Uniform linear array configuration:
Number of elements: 4
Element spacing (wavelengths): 0.25
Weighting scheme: exponential
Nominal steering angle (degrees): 0
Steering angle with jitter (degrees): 0.2277
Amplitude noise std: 0.05
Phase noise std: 0.05

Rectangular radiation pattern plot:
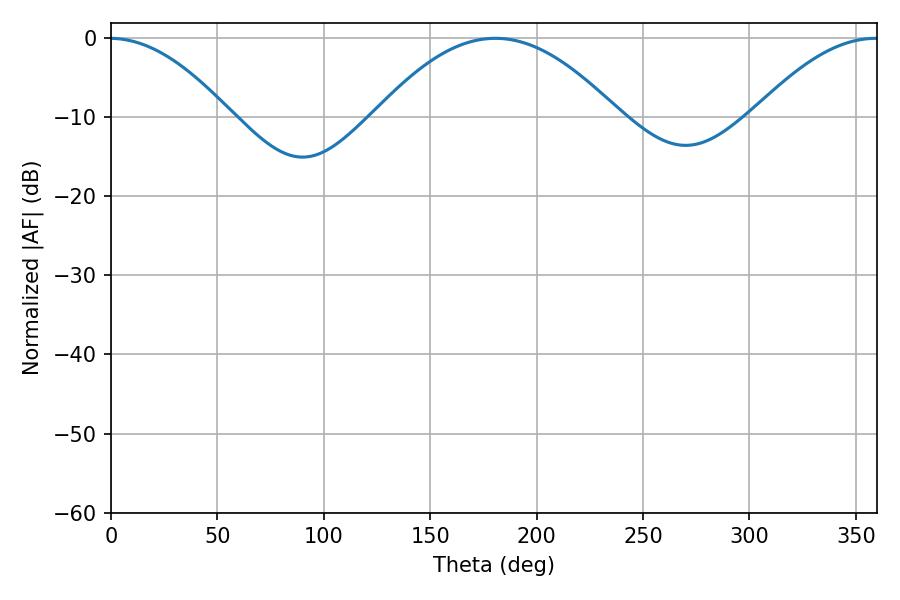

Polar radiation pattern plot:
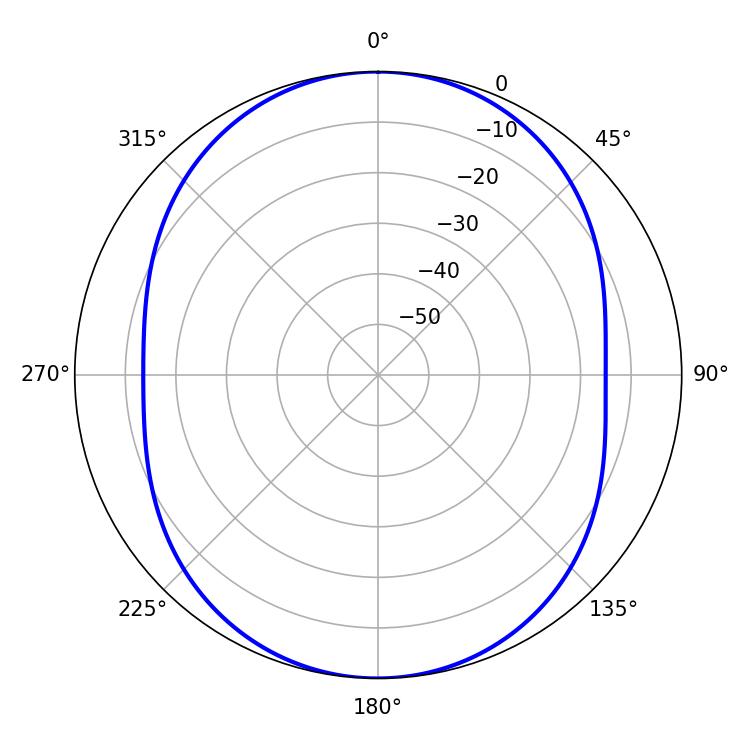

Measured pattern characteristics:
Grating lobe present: FALSE
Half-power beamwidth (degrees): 62.46
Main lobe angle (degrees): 180.54